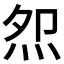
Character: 𭴕